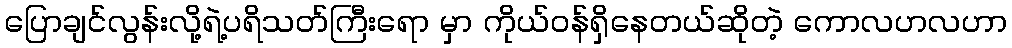
ပြောချင်လွန်းလို့ရဲ့ပရိသတ်ကြီးရော မှာ ကိုယ်ဝန်ရှိနေတယ်ဆိုတဲ့ ကောလဟလဟာ